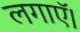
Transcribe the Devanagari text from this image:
लगाऍ।